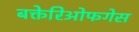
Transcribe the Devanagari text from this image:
बक्तेरिओफगेस